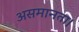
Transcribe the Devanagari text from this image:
असमानता।